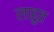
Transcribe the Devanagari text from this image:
लाहुत